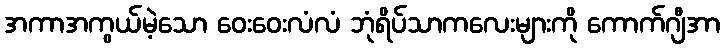
အကာအကွယ်မဲ့သော ဝေးဝေးလံလံ ဘုံရိပ်သာကလေးများကို ကောက်ဂျီအာ